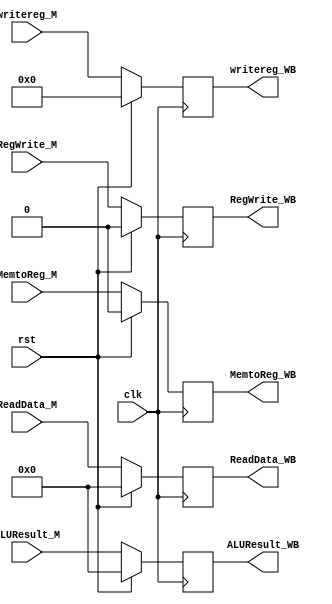
`timescale 1ns/1ns

module M_WB(input clk,
            input rst,
            input [31:0] ReadData_M,
            output reg [31:0] ReadData_WB,
            input [31:0] ALUResult_M, 
            output reg [31:0]ALUResult_WB,
            input [4:0]writereg_M,
            output reg [4:0]writereg_WB,
            input RegWrite_M,
            output reg RegWrite_WB,
            input MemtoReg_M, 
            output reg MemtoReg_WB);
  
  always@(posedge clk )
    begin
      if (rst) begin

		ReadData_WB <= 0;
        ALUResult_WB <= 0;
        writereg_WB <= 0;

        RegWrite_WB <= 0;
        MemtoReg_WB <= 0;
      end
      
      else begin

		ReadData_WB <= ReadData_M;
        ALUResult_WB <= ALUResult_M;
        writereg_WB <= writereg_M;

        RegWrite_WB  <= RegWrite_M;
        MemtoReg_WB  <= MemtoReg_M;

      end
    end
endmodule